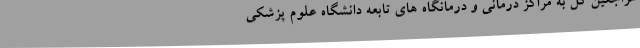
مراجعین کل به مراکز درمانی و درمانگاه های تابعه دانشگاه علوم پزشکی